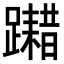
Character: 𨆮